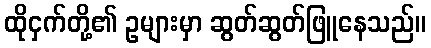
ထိုငှက်တို့၏ ဥများမှာ ဆွတ်ဆွတ်ဖြူနေသည်။